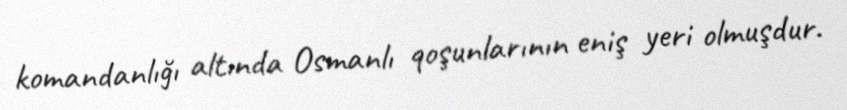
komandanlığı altında Osmanlı qoşunlarının eniş yeri olmuşdur.